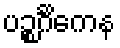
ပဉ္စင်္ဂိကေန